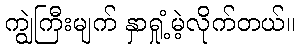
ကျွဲကြီးမျက် နှာရှုံ့မဲ့လိုက်တယ်။